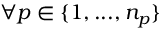
\forall p \in \{ 1 , . . . , n _ { p } \}